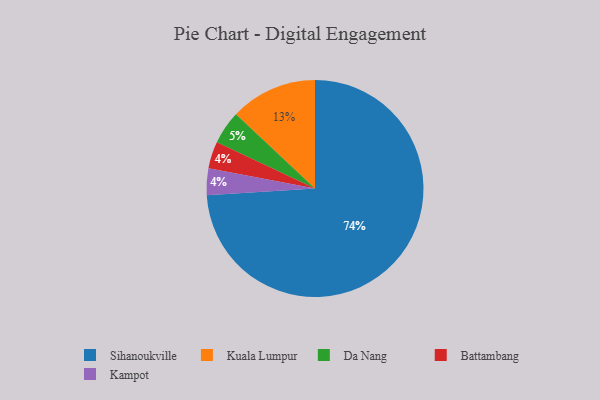
{"axis": {"x": "Category", "y": "Percentage"}, "legend": ["Battambang", "Da Nang", "Kampot", "Kuala Lumpur", "Sihanoukville"], "data": [{"x": "Battambang", "y": 4, "type": "Battambang"}, {"x": "Kampot", "y": 4, "type": "Kampot"}, {"x": "Sihanoukville", "y": 74, "type": "Sihanoukville"}, {"x": "Kuala Lumpur", "y": 13, "type": "Kuala Lumpur"}, {"x": "Da Nang", "y": 5, "type": "Da Nang"}]}